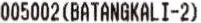
005002(BATANGKALI-2)